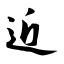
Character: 近